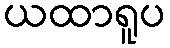
ယထာရူပ